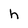
Character: h